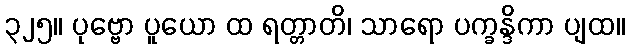
၃၂၅။ ပုဗ္ဗော ပူယော ထ ရတ္တာတိ၊ သာရော ပက္ခန္ဒိကာ ပျထ။